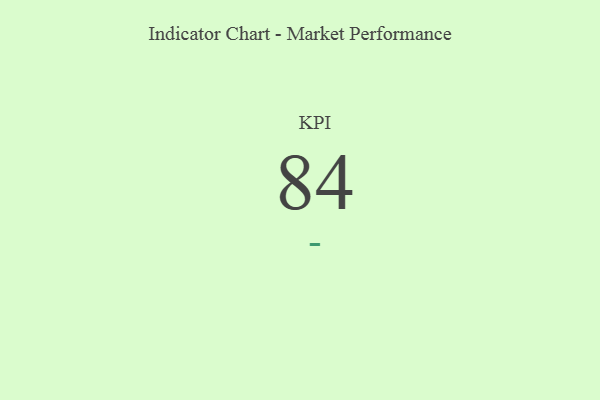
{"axis": {"x": "KPI", "y": "Value"}, "legend": [""], "data": [{"x": "KPI", "y": 84, "type": ""}]}